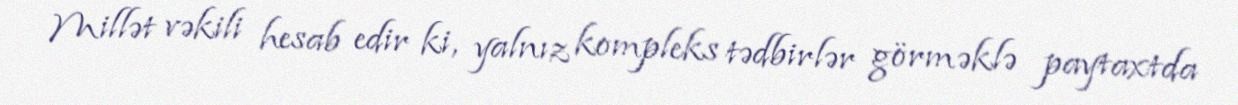
Millət vəkili hesab edir ki, yalnız kompleks tədbirlər görməklə paytaxtda